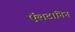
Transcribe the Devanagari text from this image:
ऍलटानिन